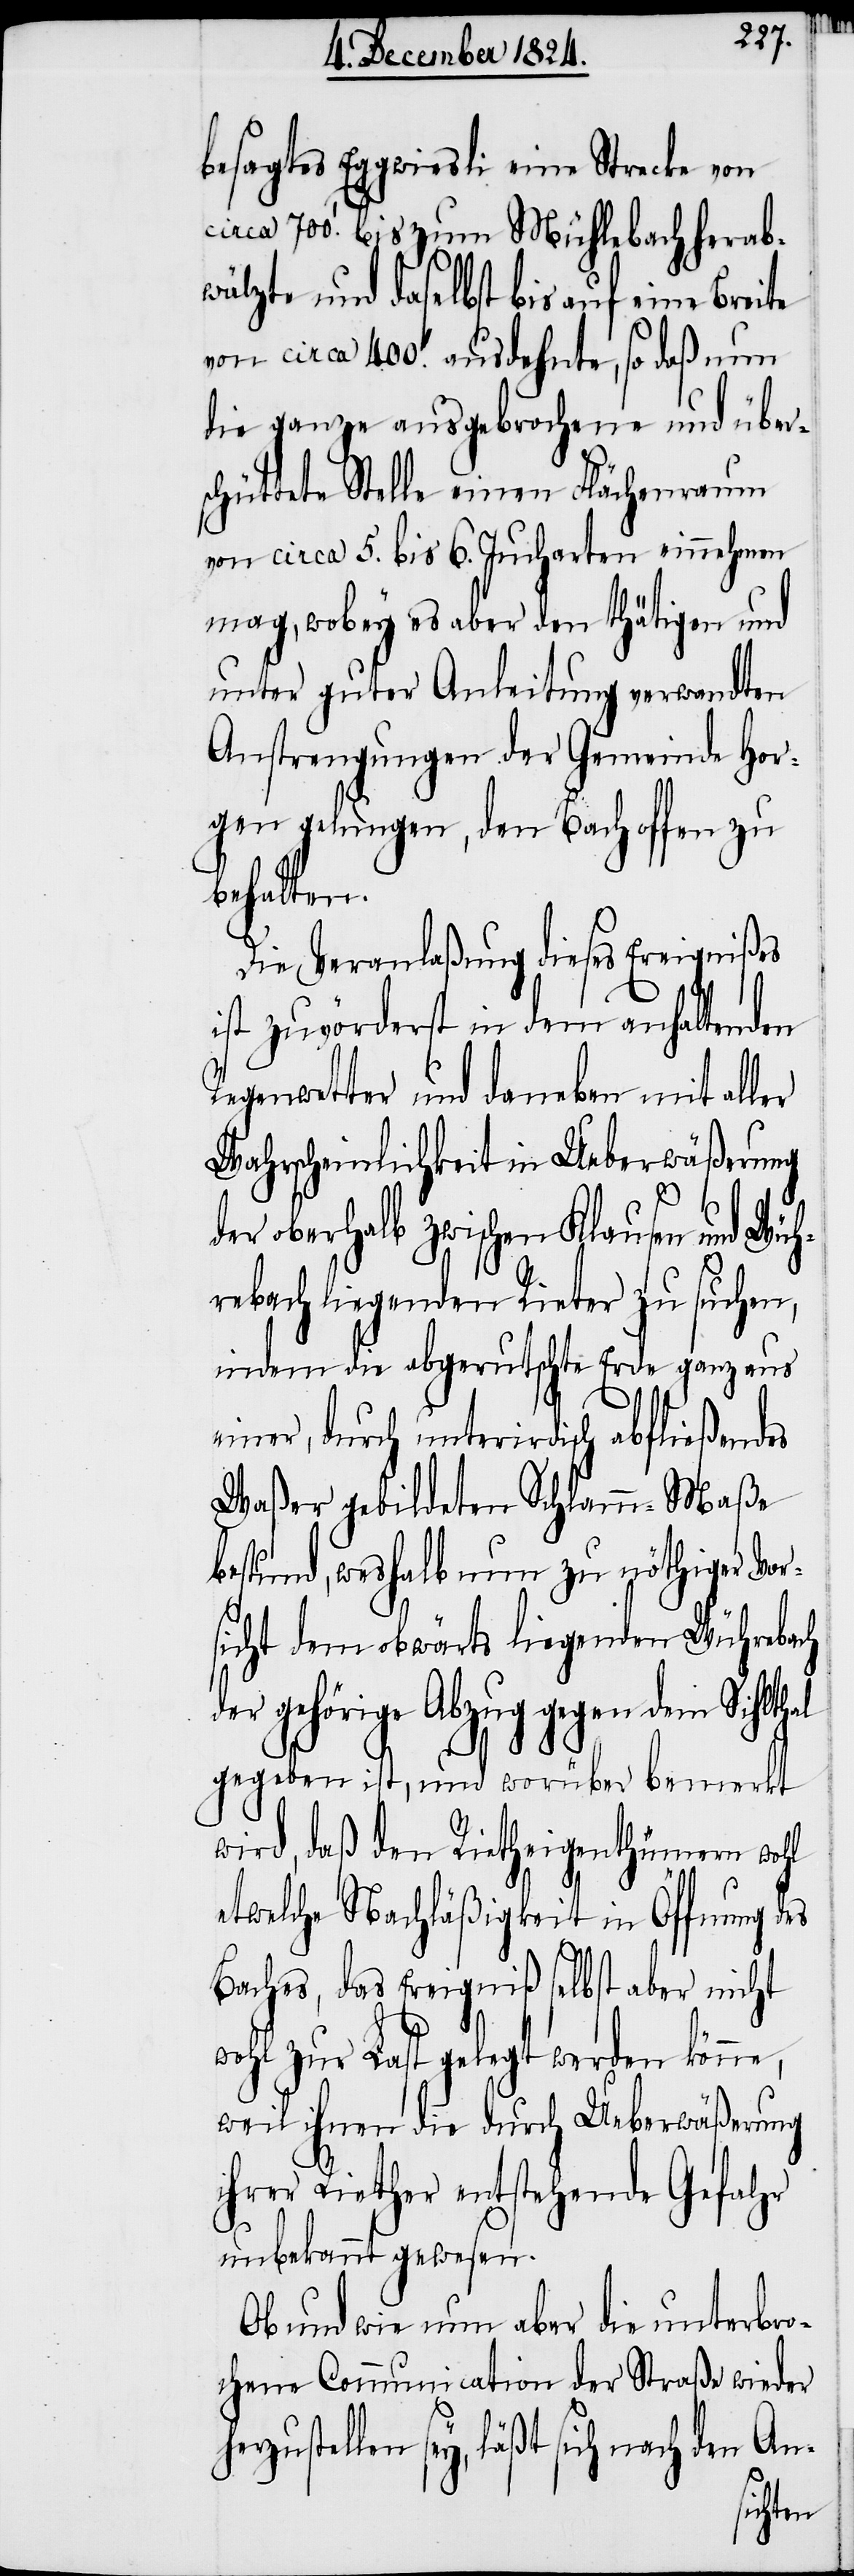
besagtes Eggwiesli eine Strecke von
[Fuß] bis zum Mühlebach herab¬
wälzte und daselbst bis auf eine Breite
die ganze ausgebrochene und über¬
schüttete Stelle einen Flächenraum
von circa 5. bis 6. Jucharten einnehmen
mag, wobey es aber den thätigen und
unter guter Anleitung verwandten
Anstrengungen der Gemeinde Hor¬
gen gelungen, den Bach offen zu
behalten.
Die Veranlaßung dieses Ereignißes
ist zuvörderst in dem anhaltenden
Regenwetter und daneben mit aller
Wahrscheinlichkeit in Ueberwäßerung
der oberhalb zwischen Klausen und Wüh¬
rebach liegenden Rieter zu suchen,
indem die abgerutschte Erde ganz aus
iner, durch unterirdisch abfließendes
Waßer gebildeten Schlamm-Maße
bestund, weshalb nun zu nöthiger Vo¬
sicht dem obwärts liegenden Wührebach
der gehörige Abzug gegen dem Sihlt¬
gegeben ist, und worüber bemerkt
wird, daß den Rietheigenthümern wohl
al
etwelche Nachläßigkeit in Öffnung des
Baches, das Ereigniß selbst aber nicht
wohl zur Last gelegt werden könne,
weil ihnen die durch Ueberwäßerung
ihrer Riether entstehende Gefahr
unbekannt gewesen.
Ob und wie nun aber die unterbro¬
chene Communication der Straße wieder
zustellen sey, läßt sich nach den An-
her¬